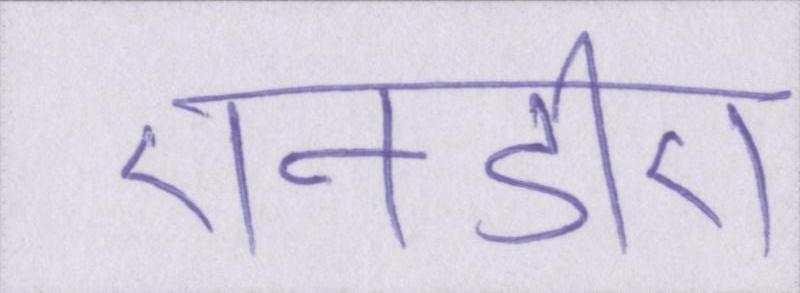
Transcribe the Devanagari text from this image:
एनडीए